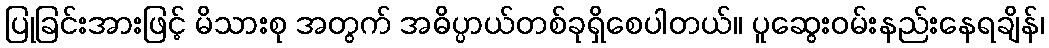
ပြုခြင်းအားဖြင့် မိသားစု အတွက် အဓိပ္ပာယ်တစ်ခုရှိစေပါတယ်။ ပူဆွေးဝမ်းနည်းနေရချိန်၊